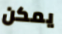
يمكن